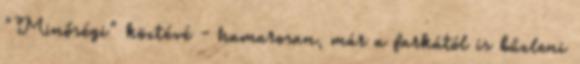
"Minőségi" köztévé - hamarosan, már a farkától is bűzleni